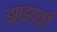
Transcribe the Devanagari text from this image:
झाझाकी